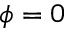
\phi = 0